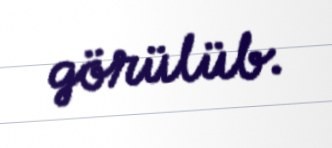
görülüb.